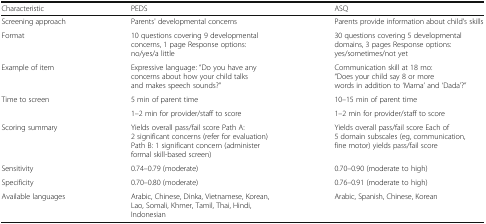
| Characteristic | PEDS | ASQ |
 | --- | --- | --- |
 | Screening approach | Parents' developmental concerns | Parents provide information about child’s skills |
 | Format | 10 questions covering 9 developmental concerns, 1 page Response options: no/yes/a little | 30 questions covering 5 developmental domains, 3 pages Response options: yes/sometimes/not yet |
 | Example of item | Expressive language: “Do you have any concerns about how your child talks and makes speech sounds?” | Communication skill at 18 mo: “Does your child say 8 or more words in addition to ‘Mama’ and ‘Dada’?” |
 | <ROWSPAN=2> Time to screen | 5 min of parent time | 10–15 min of parent time |
 | 1–2 min for provider/staff to score | 1–2 min for provider/staff to score |
 | Scoring summary | Yields overall pass/fail score Path A: 2 significant concerns (refer for evaluation) Path B: 1 significant concern (administer formal skill-based screen) | Yields overall pass/fail score Each of 5 domain subscales (eg, communication, fine motor) yields pass/fail score |
 | Sensitivity | 0.74–0.79 (moderate) | 0.70–0.90 (moderate to high) |
 | Specificity | 0.70–0.80 (moderate) | 0.76–0.91 (moderate to high) |
 | Available languages | Arabic, Chinese, Dinka, Vietnamese, Korean, Lao, Somali, Khmer, Tamil, Thai, Hindi, Indonesian | Arabic, Spanish, Chinese, Korean |